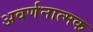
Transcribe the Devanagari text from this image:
अवर्णनात्मक